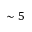
\sim 5